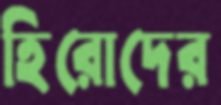
হিরোদের